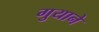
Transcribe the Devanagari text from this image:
गुयाने